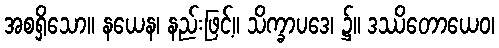
အစရှိသော။ နယေန၊ နည်းဖြင့်။ သိက္ခာပဒေ၊ ၌။ ဒဿိတောယေဝ၊